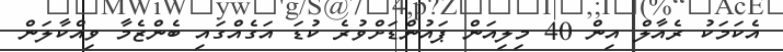
އެކަމަކު ރެއާލް އިން 40 މިލިއަން ޕައުންޑަށްވުރެ ކުޑަ އަގެއްގައި ބެންޒެމާ ވިއްކާލަން